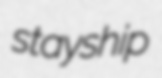
stayship